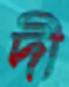
দী